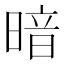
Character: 暗